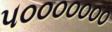
૫૦૦૦૦૦૦૦